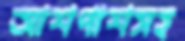
আশপাশসহ